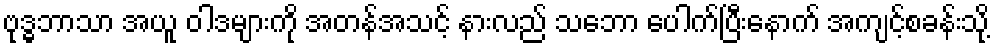
ဗုဒ္ဓဘာသာ အယူ ဝါဒများကို အတန်အသင့် နားလည် သဘော ပေါက်ပြီးနောက် အကျင့်စခန်းသို့